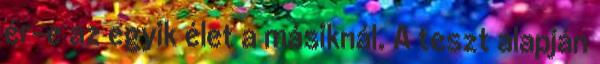
ér-e az egyik élet a másiknál. A teszt alapján